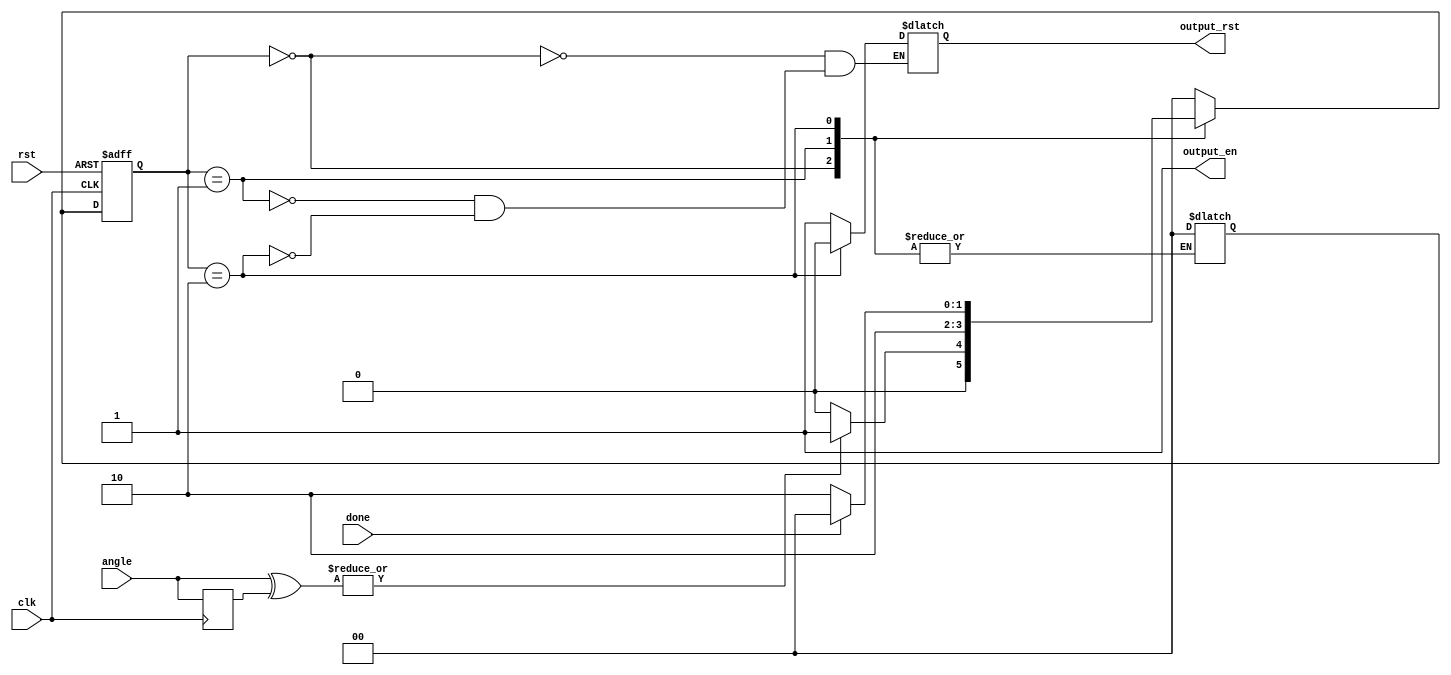
module controller (
	input clk, rst, done,
	input [15:0] angle,
	output reg output_rst,
	output output_en
);
	parameter [1:0] Idle = 2'b00, Wait = 2'b01, Work = 2'b10;
	
	reg [15:0] p_angle;
	always @(posedge clk) begin
		p_angle <= angle;
	end
	wire is_angle_changed = |{angle ^ p_angle};
	
	reg [1:0] ps, ns;
	
	always @(done, angle, ps) begin
		case (ps)
			Idle : ns = (is_angle_changed) ? Wait : Idle;
			Wait : ns = Work;
			Work : ns = (done) ? Idle : Work;
			default : ns = Idle;
		endcase
	end
	
	always @(done, angle, ps) begin
		case (ps)
			Idle : output_rst = 1'b1;
			Wait : output_rst = 1'b1;
			Work : output_rst = 1'b0;
			default : ns = Idle;
		endcase
	end
	
	always @(posedge clk, posedge rst) begin
		if (rst)
			ps <= 0;
		else
			ps <= ns;
	end
	assign output_en = 1'b1;
	
endmodule